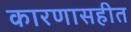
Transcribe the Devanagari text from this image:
कारणासहीत